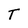
Character: T